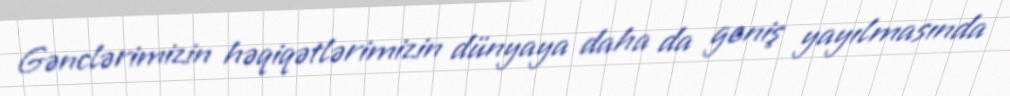
Gənclərimizin həqiqətlərimizin dünyaya daha da geniş yayılmasında